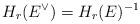
LaTeX: \begin{align*}H_r(E^{\vee})=H_r(E)^{-1}\end{align*}